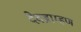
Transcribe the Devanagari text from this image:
देवब्राम्हण